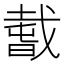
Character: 𢧭